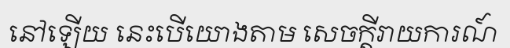
នៅឡើយ នេះបើយោងតាម សេចក្តីរាយការណ៍